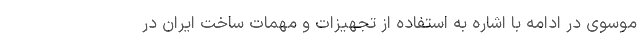
موسوی در ادامه با اشاره به استفاده از تجهیزات و مهمات ساخت ایران در